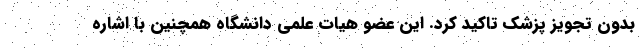
بدون تجویز پزشک تاکید کرد. این عضو هیات علمی دانشگاه همچنین با اشاره